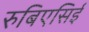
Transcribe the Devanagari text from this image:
रुबिएसिई